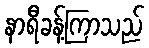
နာရီခန့်ကြာသည်